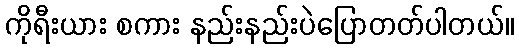
ကိုရီးယား စကား နည်းနည်းပဲပြောတတ်ပါတယ်။